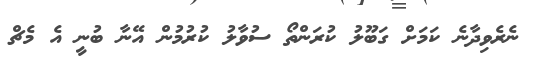
ނެރެވިދާނެ ކަމަށް ގަބޫލު ކުރަންތޯ ސުވާލު ކުރުމުން އޭނާ ބުނީ އެ މެޗް